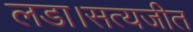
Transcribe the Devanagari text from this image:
लडा।सत्यजीत